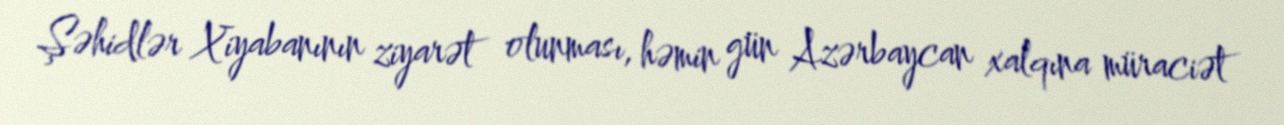
Şəhidlər Xiyabanının ziyarət olunması, həmin gün Azərbaycan xalqına müraciət